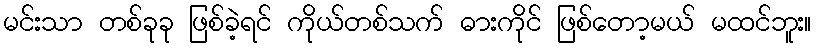
မင်းသာ တစ်ခုခု ဖြစ်ခဲ့ရင် ကိုယ်တစ်သက် ဓားကိုင် ဖြစ်တော့မယ် မထင်ဘူး။